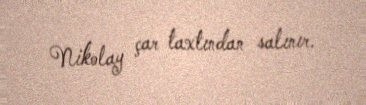
Nikolay çar taxtından salınır.